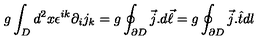
g \int _ { D } d ^ { 2 } x \epsilon ^ { i k } \partial _ { i } j _ { k } = g \oint _ { \partial D } \vec { j } . d \vec { \ell } = g \oint _ { \partial D } \vec { j } . \hat { t } d l